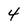
Character: 4